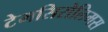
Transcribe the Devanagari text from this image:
टेमसिरोलिमस